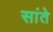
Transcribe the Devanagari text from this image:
सांते